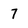
Character: 7